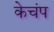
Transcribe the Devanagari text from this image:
केचंप